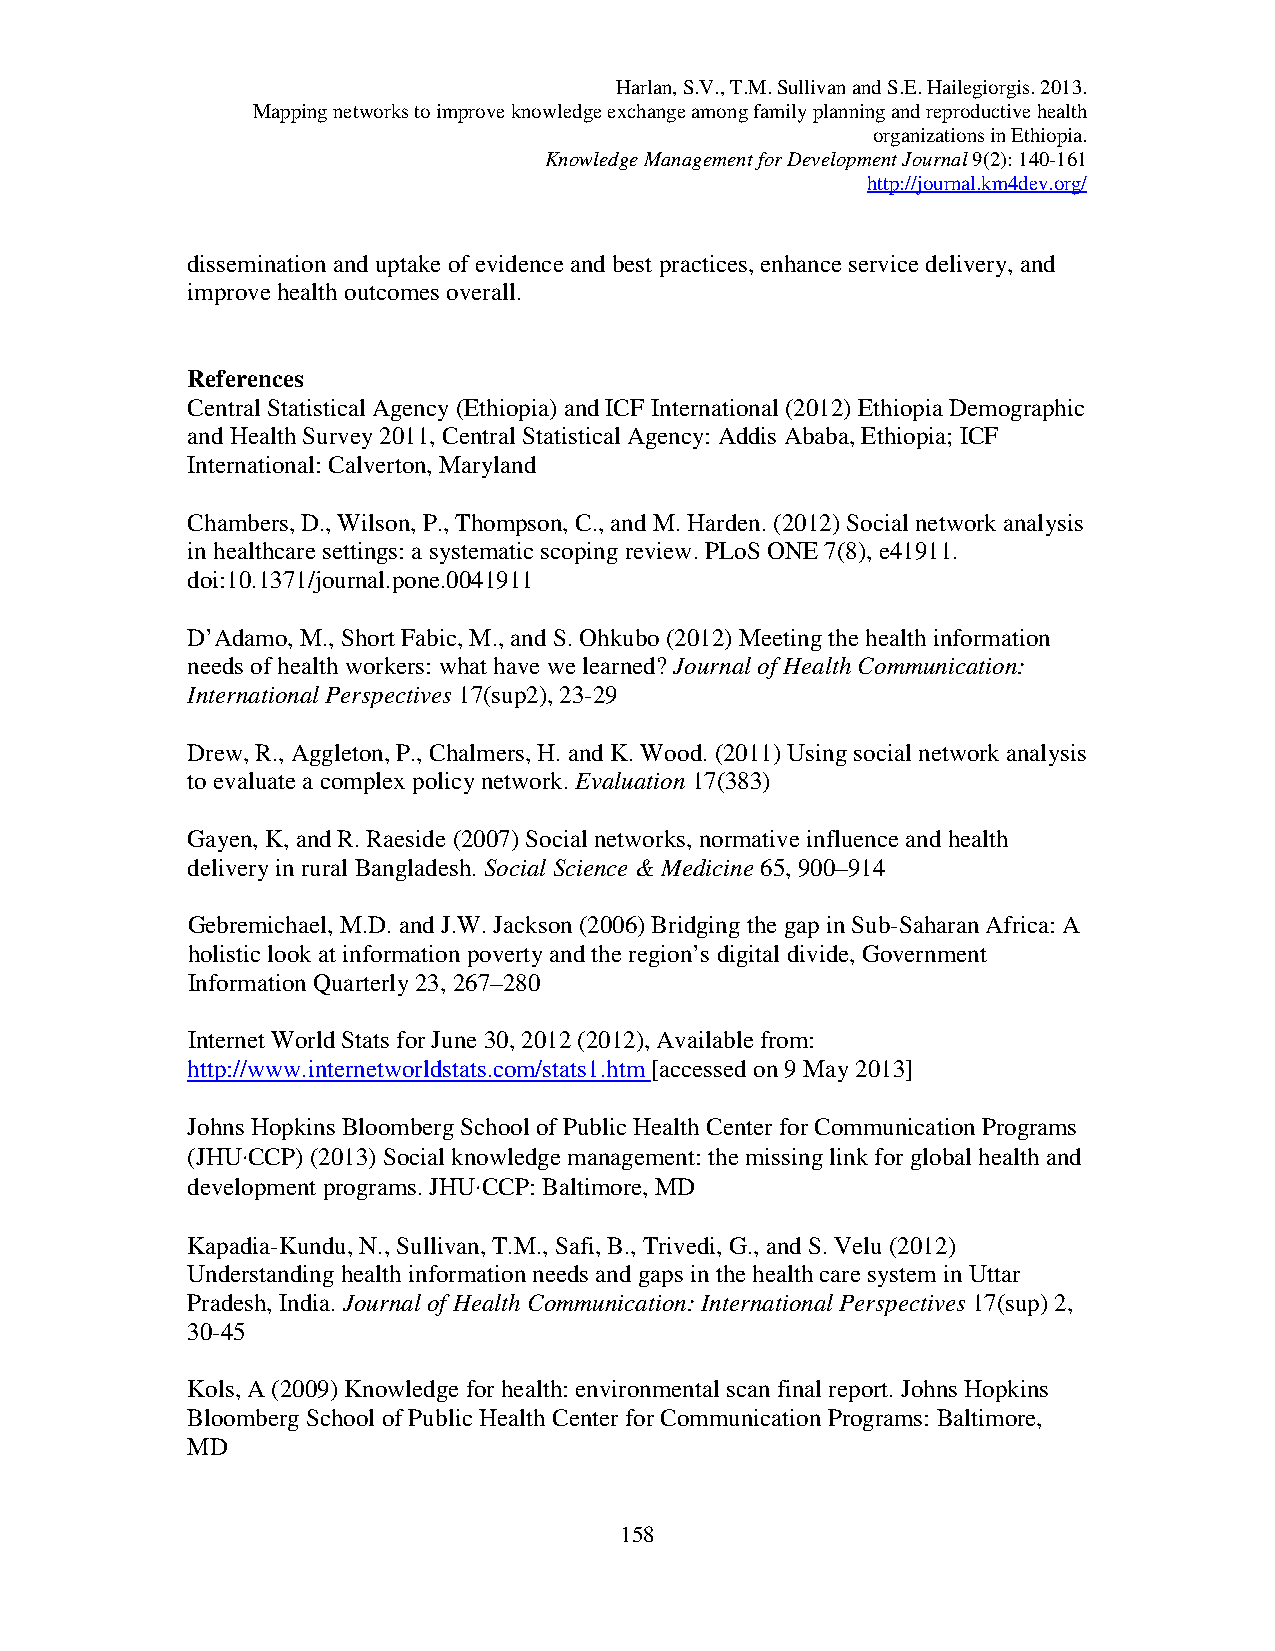
Harlan, S.V., T.M. Sullivan and S.E. Hailegiorgis. 2013.
 Mapping networks to improve knowledge exchange among family planning and reproductive health
 organizations in Ethiopia.
 Knowledge Management for Development Journal 9(2): 140-161
 http://journal.km4dev.org/
 dissemination and uptake of evidence and best practices, enhance service delivery, and
 improve health outcomes overall.
 References
 Central Statistical Agency (Ethiopia) and ICF International (2012) Ethiopia Demographic
 and Health Survey 2011, Central Statistical Agency: Addis Ababa, Ethiopia; ICF
 International: Calverton, Maryland
 Chambers, D., Wilson, P., Thompson, C., and M. Harden. (2012) Social network analysis
 in healthcare settings: a systematic scoping review. PLoS ONE 7(8), e41911.
 doi:10.1371/journal.pone.0041911
 D’Adamo, M., Short Fabic, M., and S. Ohkubo (2012) Meeting the health information
 needs of health workers: what have we learned? Journal of Health Communication:
 International Perspectives 17(sup2), 23-29
 Drew, R., Aggleton, P., Chalmers, H. and K. Wood. (2011) Using social network analysis
 to evaluate a complex policy network. Evaluation 17(383)
 Gayen, K, and R. Raeside (2007) Social networks, normative influence and health
 delivery in rural Bangladesh. Social Science & Medicine 65, 900–914
 Gebremichael, M.D. and J.W. Jackson (2006) Bridging the gap in Sub-Saharan Africa: A
 holistic look at information poverty and the region’s digital divide, Government
 Information Quarterly 23, 267–280
 Internet World Stats for June 30, 2012 (2012), Available from:
 http://www.internetworldstats.com/stats1.htm [accessed on 9 May 2013]
 Johns Hopkins Bloomberg School of Public Health Center for Communication Programs
 (JHU·CCP) (2013) Social knowledge management: the missing link for global health and
 development programs. JHU·CCP: Baltimore, MD
 Kapadia-Kundu, N., Sullivan, T.M., Safi, B., Trivedi, G., and S. Velu (2012)
 Understanding health information needs and gaps in the health care system in Uttar
 Pradesh, India. Journal of Health Communication: International Perspectives 17(sup) 2,
 30-45
 Kols, A (2009) Knowledge for health: environmental scan final report. Johns Hopkins
 Bloomberg School of Public Health Center for Communication Programs: Baltimore,
 MD
 158